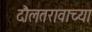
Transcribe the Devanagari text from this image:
दौलतरावाच्या